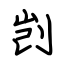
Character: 剀